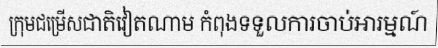
ក្រុមជម្រើសជាតិវៀតណាម កំពុងទទួលការចាប់អារម្មណ៍